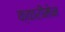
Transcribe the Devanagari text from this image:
क्वारीमेन